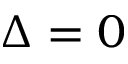
\Delta = 0